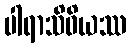
ပါရာသိဝိယဿ